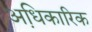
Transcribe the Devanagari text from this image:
अधि़कारिक